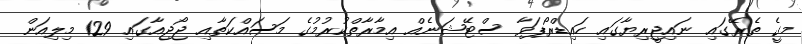
މީގެ ތެރޭގައި ނައިޖީރިޔާގައި ހައިޑްރޯޕަވާ ސްޓޭޝަނެއް އިމާރާތްކުރުމުގެ މަސައްކަތާއި ޖޯޖިއާގައި 129 މިލިއަން